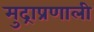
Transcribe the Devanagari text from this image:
मुद्राप्रणाली